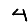
Digit: 4